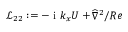
\mathcal { L } _ { 2 2 } : = - \mathrm { ~ i ~ } k _ { x } U + \widehat { { \nabla } } ^ { 2 } / R e